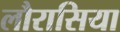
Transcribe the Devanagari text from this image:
लौरासिया